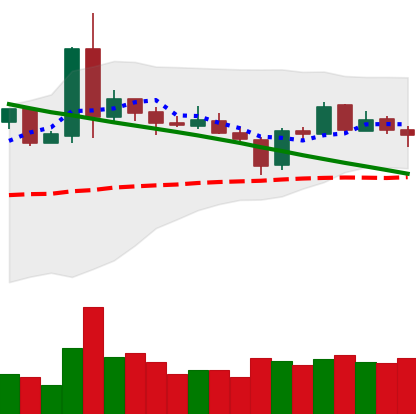
Ticker: NEO-USD
Chart end date: 2019-03-11
Forward return: 8.418%
Label: up_7plus